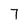
Character: 7